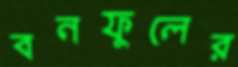
বনফুলের